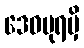
ဒေဝပုရမှိ